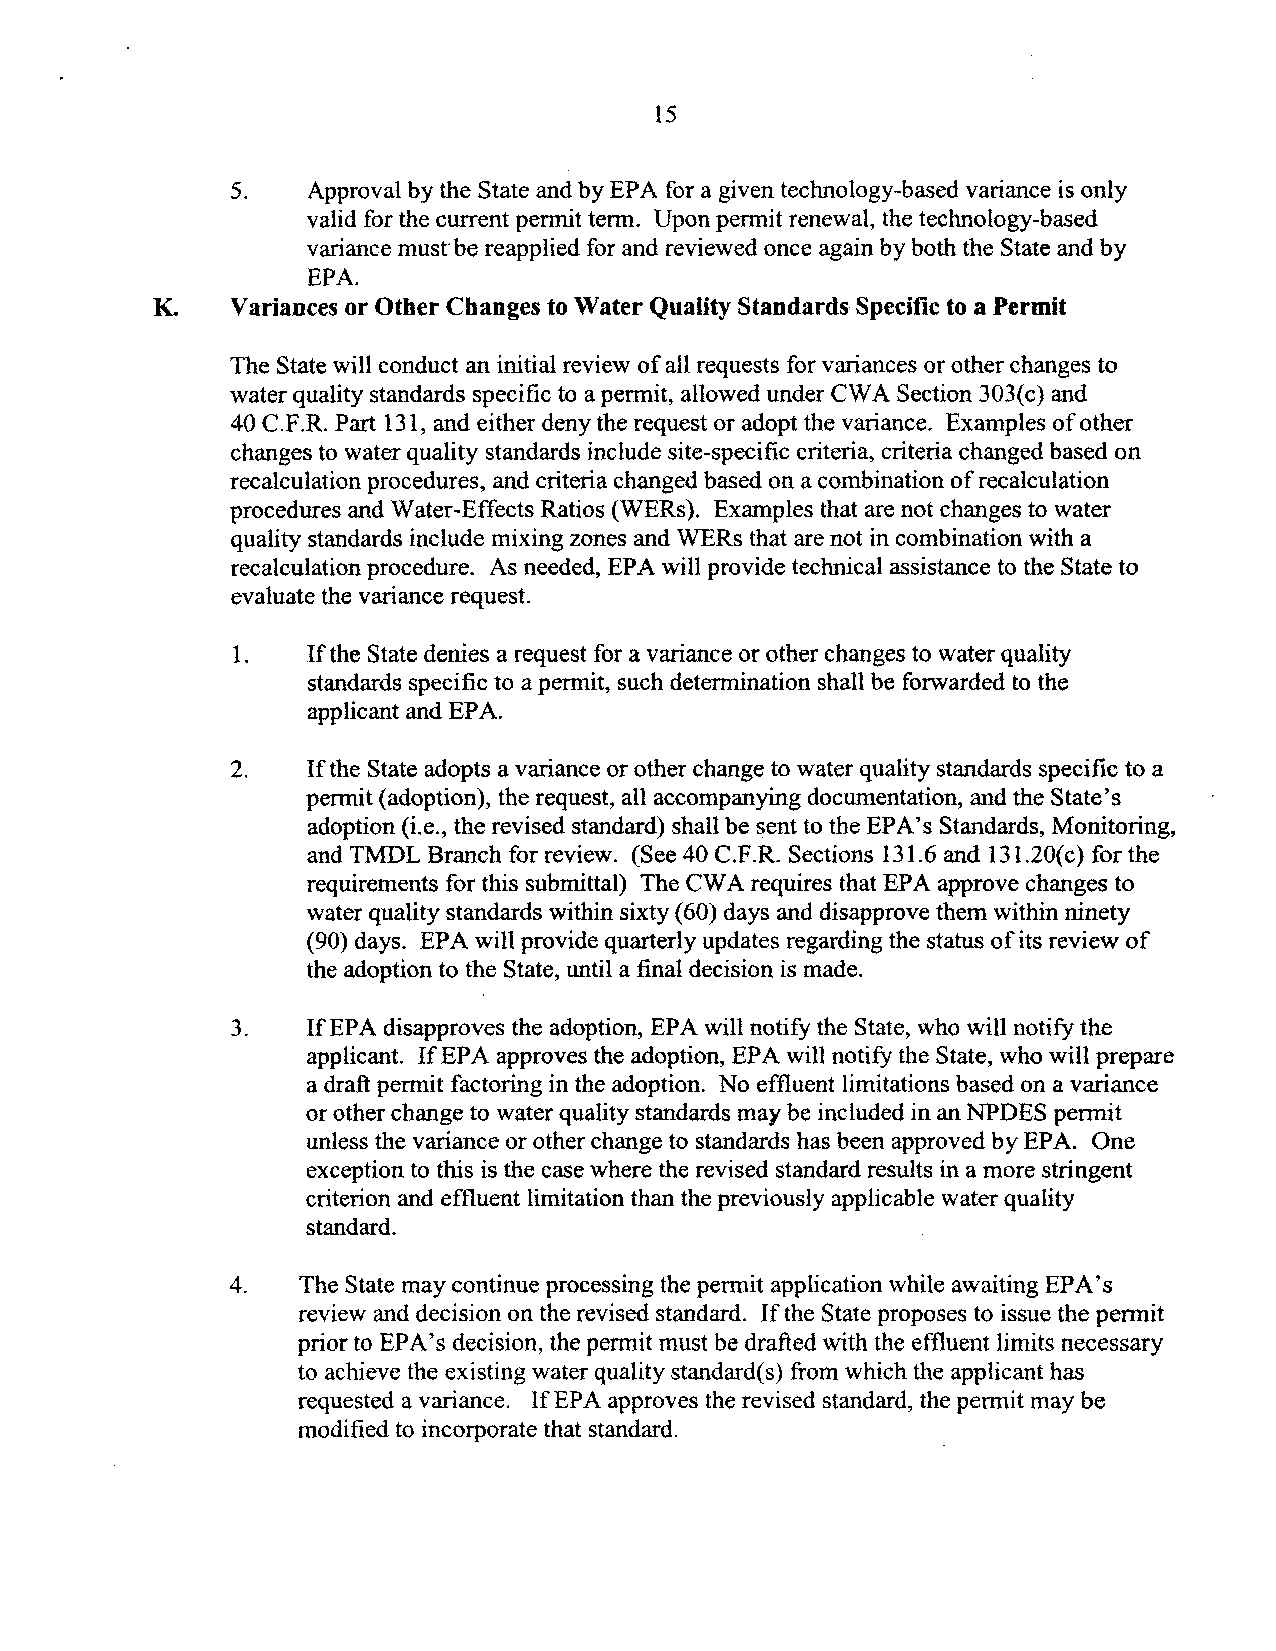
15
 5.   Approval by the State and by EPA for a given technology-based variance is only
 valid for the current permit term. Upon permit renewal, the technology-based
 variance must be reapplied for and reviewed once again by both the State and by
 EPA.
 K.   Variances or Other Changes to Water Quality Standards Specific to a Permit
 The State will conduct an initial review of all requests for variances or other changes to
 water quality standards specific to a permit, allowed under CW A Section 303(c ) and
 40 C.F.R. Part 131, and either deny the request or adopt the variance. Examples ofother
 changes to water quality standards include site-specific criteria, criteria changed based on
 recalculation procedures, and criteria changed based on a combination of recalculation
 procedures and Water-Effects Ratios (WERs). Examples that are not changes to water
 quality standards include mixing zones and WERs that are not in combination with a
 recalculation procedure. As needed, EPA will provide technical assistance to the State to
 evaluate the variance request.
 1.   Ifthe State denies a request for a variance or other changes to water quality
 standards specific to a permit, such determination shall be forwarded to the
 applicant and EPA.
 2.   If the State adopts a variance or other change to water quality standards specific to a
 permit (adoption), the request, all accompanying documentation, and the State's
 adoption (i.e., the revised standard) shall be sent to the EPA's Standards, Monitoring,
 and TMDL Branch for review. (See 40 C.F.R. Sections 131.6 and 131.20(c ) for the
 requirements for this submittal) The CWA requires that EP A approve changes to
 water quality standards within sixty (60) days and disapprove them within ninety
 (90) days. EPA will provide quarterly updates regarding the status ofits review of
 the adoption to the State, until a final decision is made.
 3.   IfEPA disapproves the adoption, EPA will notify the State, who will notify the
 applicant. If EPA approves the adoption, EPA will notify the State, who will prepare
 a draft permit factoring in the adoption. No effluent limitations based on a variance
 or other change to water quality standards may be included in an NPDES pennit
 unless the variance or other change to standards has been approved by EPA. One
 exception to this is the case where the revised standard results in a more stringent
 criterion and effluent limitation than the previously applicable water quality
 standard.
 4.  The State may continue processing the permit application while awaiting EPA's
 review and decision on the revised standard. If the State proposes to issue the permit
 prior to EPA's decision, the permit must be drafted with the effluent limits necessary
 to achieve the existing water quality standard(s) from which the applicant has
 requested a variance. If EPA approves the revised standard, the permit may be
 modified to incorporate that standard.